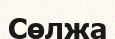
Сөлжа